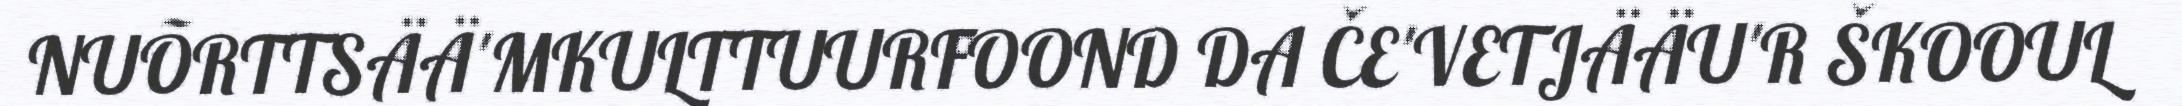
NUÕRTTSÄÄ'MKULTTUURFOOND DA ČE'VETJÄÄU'R ŠKOOUL